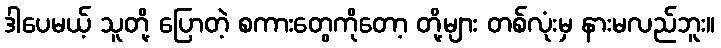
ဒါပေမယ့် သူတို့ ပြောတဲ့ စကားတွေကိုတော့ တို့များ တစ်လုံးမှ နားမလည်ဘူး။